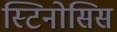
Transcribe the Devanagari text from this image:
स्टिनोसिस